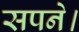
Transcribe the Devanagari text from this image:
सपने।